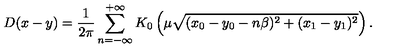
D ( x - y ) = \frac { 1 } { 2 \pi } \sum _ { n = - \infty } ^ { + \infty } K _ { 0 } \left( \mu \sqrt { ( x _ { 0 } - y _ { 0 } - n \beta ) ^ { 2 } + ( x _ { 1 } - y _ { 1 } ) ^ { 2 } } \right) .